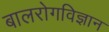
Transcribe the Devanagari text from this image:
बालरोगविज्ञान